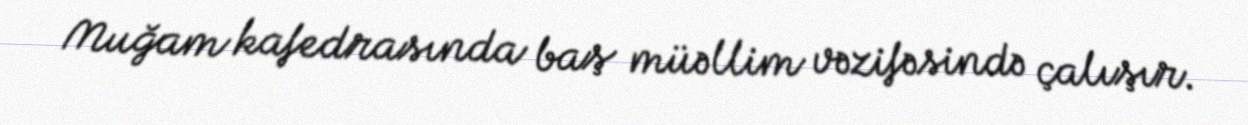
Muğam kafedrasında baş müəllim vəzifəsində çalışır.